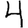
Digit: 4